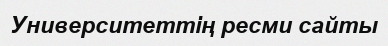
Университеттің ресми сайты